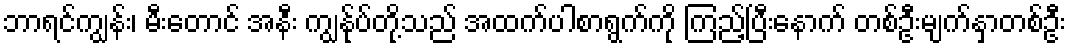
ဘာရင်ကျွန်း၊ မီးတောင် အနီး ကျွန်ုပ်တို့သည် အထက်ပါစာရွက်ကို ကြည့်ပြီးနောက် တစ်ဦးမျက်နှာတစ်ဦး